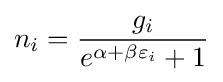
n_{i}={\frac {g_{i}}{e^{\alpha +\beta \varepsilon _{i}}+1}}